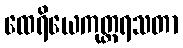
ထေရိယေကုတ္တရသတာ